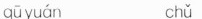
qūyuán chǔ